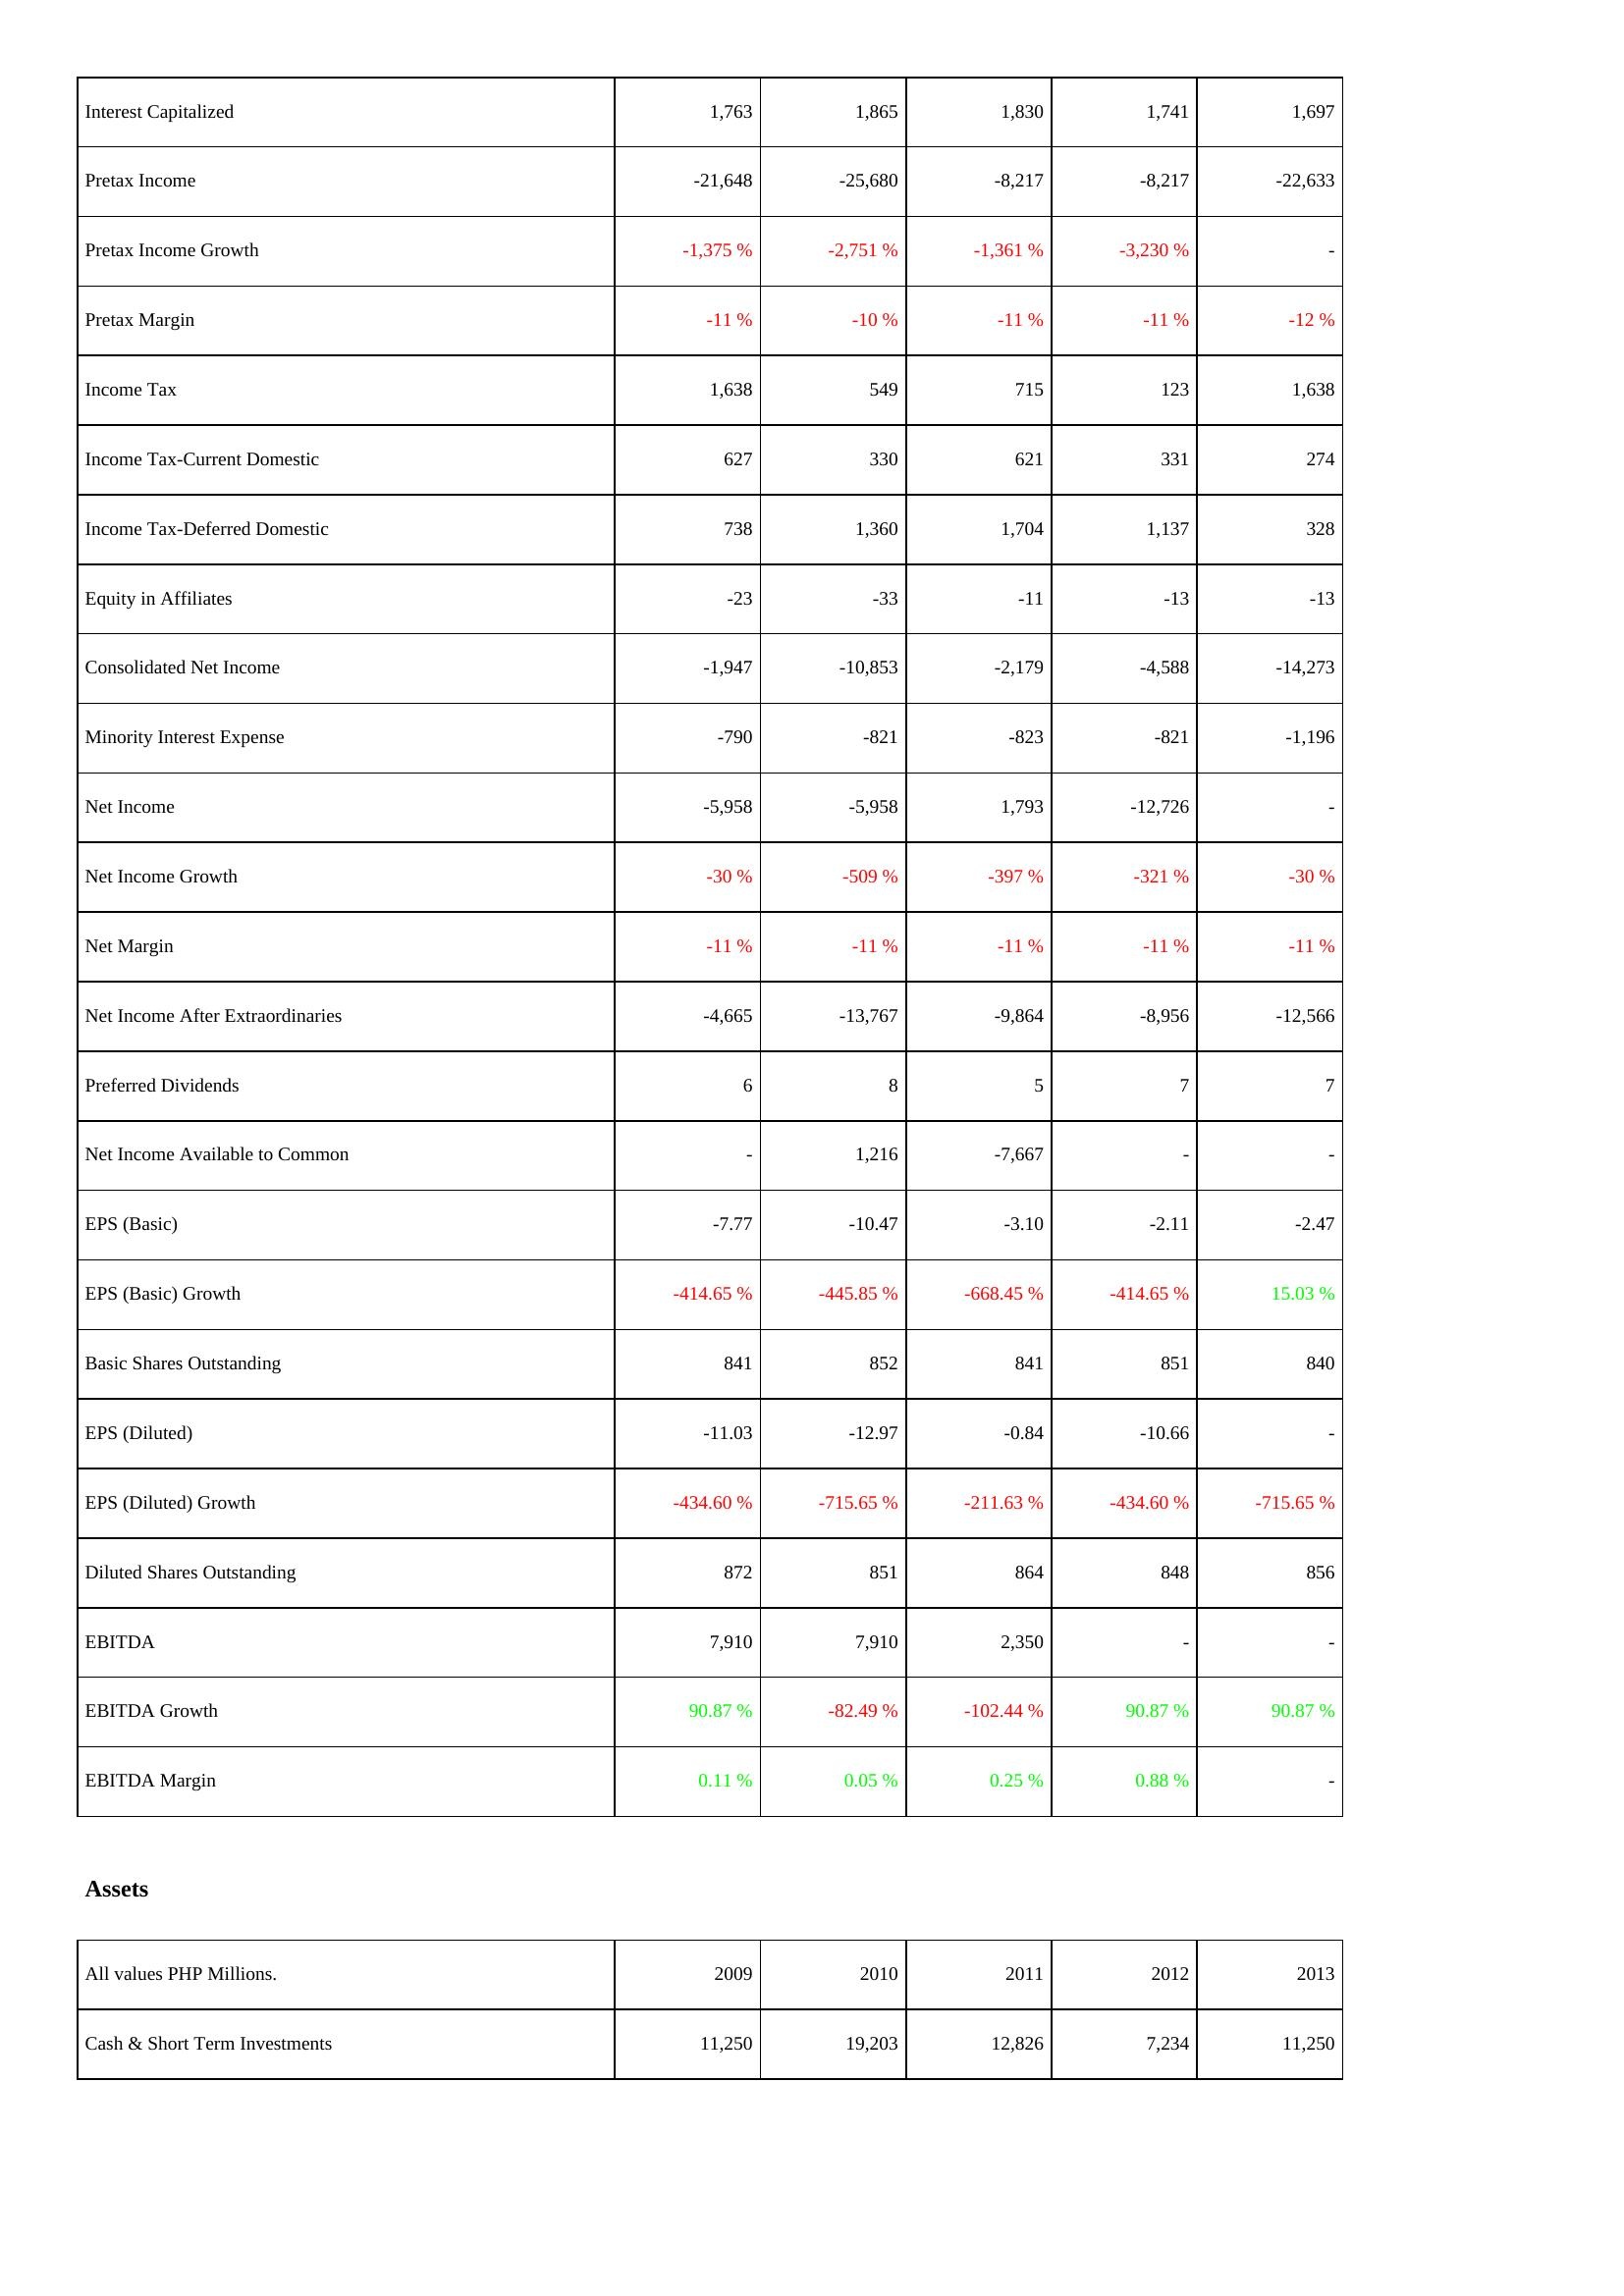
2009: Income Statement: Interest Capitalized: 1,763
Pretax Income: -21,648
Pretax Income Growth: -1,375 %
Pretax Margin: -11 %
Income Tax: 1,638
Income Tax-Current Domestic: 627
Income Tax-Deferred Domestic: 738
Equity in Affiliates: -23
Consolidated Net Income: -1,947
Minority Interest Expense: -790
Net Income: -5,958
Net Income Growth: -30 %
Net Margin: -11 %
Net Income After Extraordinaries: -4,665
Preferred Dividends: 6
Net Income Available to Common: -
EPS (Basic): -7.77
EPS (Basic) Growth: -414.65 %
Basic Shares Outstanding: 841
EPS (Diluted): -11.03
EPS (Diluted) Growth: -434.60 %
Diluted Shares Outstanding: 872
EBITDA: 7,910
EBITDA Growth: 90.87 %
EBITDA Margin: 0.11 %
Assets: Cash & Short Term Investments: 11,250
2010: Income Statement: Interest Capitalized: 1,865
Pretax Income: -25,680
Pretax Income Growth: -2,751 %
Pretax Margin: -10 %
Income Tax: 549
Income Tax-Current Domestic: 330
Income Tax-Deferred Domestic: 1,360
Equity in Affiliates: -33
Consolidated Net Income: -10,853
Minority Interest Expense: -821
Net Income: -5,958
Net Income Growth: -509 %
Net Margin: -11 %
Net Income After Extraordinaries: -13,767
Preferred Dividends: 8
Net Income Available to Common: 1,216
EPS (Basic): -10.47
EPS (Basic) Growth: -445.85 %
Basic Shares Outstanding: 852
EPS (Diluted): -12.97
EPS (Diluted) Growth: -715.65 %
Diluted Shares Outstanding: 851
EBITDA: 7,910
EBITDA Growth: -82.49 %
EBITDA Margin: 0.05 %
Assets: Cash & Short Term Investments: 19,203
2011: Income Statement: Interest Capitalized: 1,830
Pretax Income: -8,217
Pretax Income Growth: -1,361 %
Pretax Margin: -11 %
Income Tax: 715
Income Tax-Current Domestic: 621
Income Tax-Deferred Domestic: 1,704
Equity in Affiliates: -11
Consolidated Net Income: -2,179
Minority Interest Expense: -823
Net Income: 1,793
Net Income Growth: -397 %
Net Margin: -11 %
Net Income After Extraordinaries: -9,864
Preferred Dividends: 5
Net Income Available to Common: -7,667
EPS (Basic): -3.10
EPS (Basic) Growth: -668.45 %
Basic Shares Outstanding: 841
EPS (Diluted): -0.84
EPS (Diluted) Growth: -211.63 %
Diluted Shares Outstanding: 864
EBITDA: 2,350
EBITDA Growth: -102.44 %
EBITDA Margin: 0.25 %
Assets: Cash & Short Term Investments: 12,826
2012: Income Statement: Interest Capitalized: 1,741
Pretax Income: -8,217
Pretax Income Growth: -3,230 %
Pretax Margin: -11 %
Income Tax: 123
Income Tax-Current Domestic: 331
Income Tax-Deferred Domestic: 1,137
Equity in Affiliates: -13
Consolidated Net Income: -4,588
Minority Interest Expense: -821
Net Income: -12,726
Net Income Growth: -321 %
Net Margin: -11 %
Net Income After Extraordinaries: -8,956
Preferred Dividends: 7
Net Income Available to Common: -
EPS (Basic): -2.11
EPS (Basic) Growth: -414.65 %
Basic Shares Outstanding: 851
EPS (Diluted): -10.66
EPS (Diluted) Growth: -434.60 %
Diluted Shares Outstanding: 848
EBITDA: -
EBITDA Growth: 90.87 %
EBITDA Margin: 0.88 %
Assets: Cash & Short Term Investments: 7,234
2013: Income Statement: Interest Capitalized: 1,697
Pretax Income: -22,633
Pretax Income Growth: -
Pretax Margin: -12 %
Income Tax: 1,638
Income Tax-Current Domestic: 274
Income Tax-Deferred Domestic: 328
Equity in Affiliates: -13
Consolidated Net Income: -14,273
Minority Interest Expense: -1,196
Net Income: -
Net Income Growth: -30 %
Net Margin: -11 %
Net Income After Extraordinaries: -12,566
Preferred Dividends: 7
Net Income Available to Common: -
EPS (Basic): -2.47
EPS (Basic) Growth: 15.03 %
Basic Shares Outstanding: 840
EPS (Diluted): -
EPS (Diluted) Growth: -715.65 %
Diluted Shares Outstanding: 856
EBITDA: -
EBITDA Growth: 90.87 %
EBITDA Margin: -
Assets: Cash & Short Term Investments: 11,250